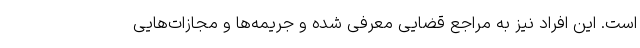
است. این افراد نیز به مراجع قضایی معرفی شده و جریمه‌ها و مجازات‌هایی